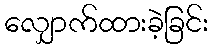
လျှောက်ထားခဲ့ခြင်း